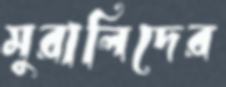
মুরালিদের